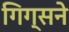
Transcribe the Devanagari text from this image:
गिग्सने